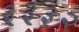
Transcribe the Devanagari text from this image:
३३३२